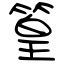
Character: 篁